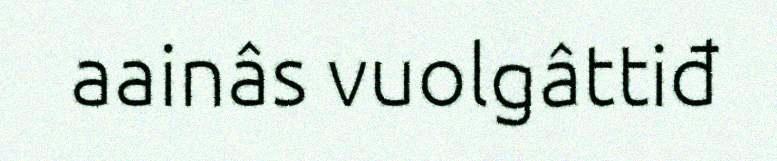
aainâs vuolgâttiđ